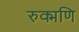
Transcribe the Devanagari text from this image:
रुक्मणि